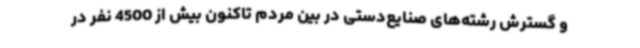
و گسترش رشته‌های صنایع‌دستی در بین مردم تاکنون بیش از 4500 نفر در